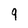
Character: 9